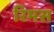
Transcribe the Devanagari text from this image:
रिमस